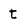
Character: t